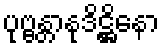
ပုဗ္ဗန္တာနုဒိဋ္ဌိနော